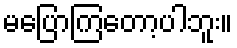
မပြောကြတော့ပါဘူး။